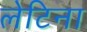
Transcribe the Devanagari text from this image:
लेटिना